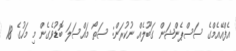
އެފްއޭއެމްގެ ސަސްޕެންޝަން ގަބޫލެއް ނުކުރަން: ސަތޯ މައްސަލަ ބޮޑުވެގެން މި މަހުގެ 18